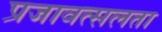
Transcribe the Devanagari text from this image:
प्रजावत्सलता